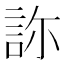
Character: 𧧂